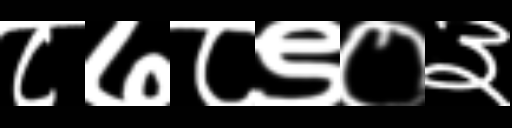
Text: ८७८९०३